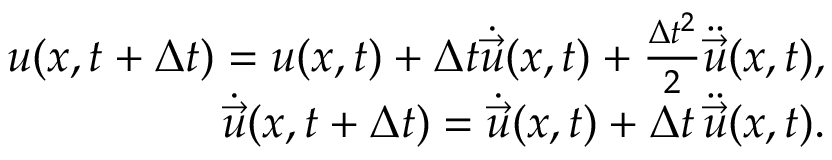
\begin{array} { r } { \boldsymbol { u } ( \boldsymbol { x } , t + \Delta { t } ) = \boldsymbol { u } ( \boldsymbol { x } , t ) + \Delta { t } \dot { \vec { u } } ( \boldsymbol { x } , t ) + \frac { \Delta { t } ^ { 2 } } { 2 } \ddot { \vec { u } } ( \boldsymbol { x } , t ) , } \\ { \dot { \vec { u } } ( \boldsymbol { x } , t + \Delta { t } ) = \dot { \vec { u } } ( \boldsymbol { x } , t ) + \Delta { t } \, \ddot { \vec { u } } ( \boldsymbol { x } , t ) . } \end{array}